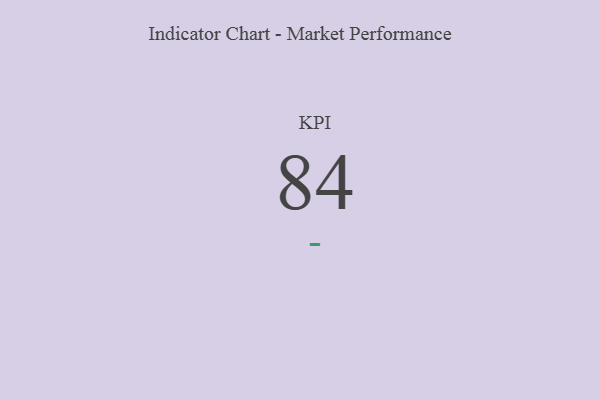
{"axis": {"x": "KPI", "y": "Value"}, "legend": [""], "data": [{"x": "KPI", "y": 84, "type": ""}]}